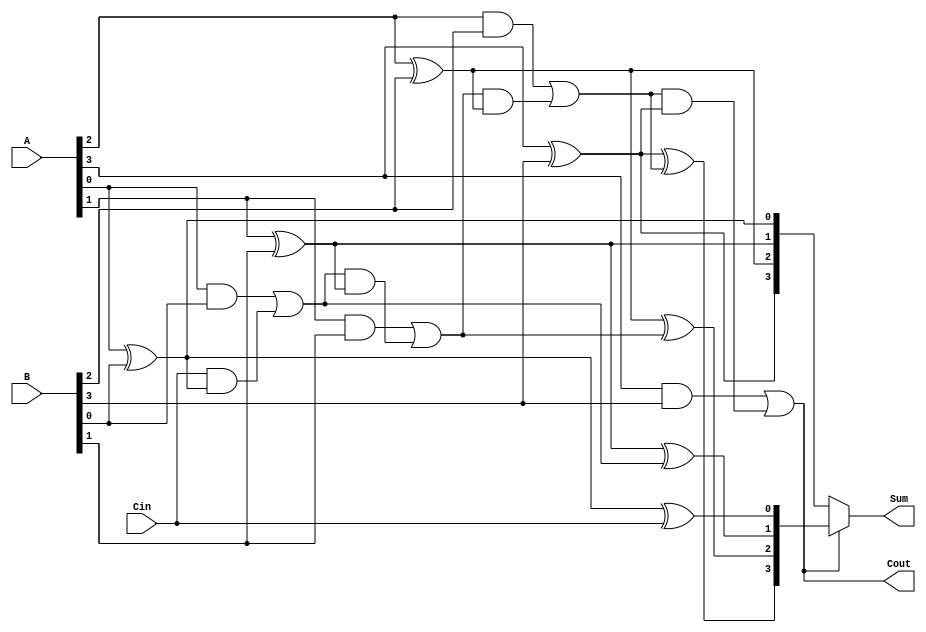
module conditional_sum_adder #(
    parameter N = 4 // Width of the adder
)(
    input [N-1:0] A,      // First n-bit input
    input [N-1:0] B,      // Second n-bit input
    input Cin,            // Carry-in
    output [N-1:0] Sum,   // n-bit sum output
    output Cout           // Carry-out
);

    wire [N-1:0] S0; // Sum without carry
    wire [N-1:0] S1; // Sum with carry
    wire [N-1:0] C1; // Carry-out for each bit position
    wire [N-1:0] C;   // Carry signals for each bit position

    // Generate S0, S1 and C1 for each bit
    genvar i;
    generate
        for (i = 0; i < N; i = i + 1) begin: csa
            assign S0[i] = A[i] ^ B[i]; // Sum without carry
            assign S1[i] = S0[i] ^ (i == 0 ? Cin : C[i-1]); // Sum with carry
            assign C1[i] = (A[i] & B[i]) | ((i == 0 ? Cin : C[i-1]) & S0[i]); // Carry-out
            assign C[i] = C1[i]; // Store carry for the next bit
        end
    endgenerate

    // Final sum calculation based on carry propagation
    assign Sum = (C[N-1] ? S1 : S0); // Select sum based on final carry
    assign Cout = C[N-1]; // Final carry-out

endmodule